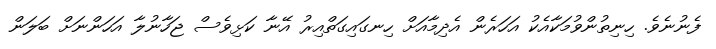
ފެނުނެވެ. ހިނިތުންވުމަކާއެކު އަހަރެން އެދިމާއަށް ހިނގައިގަތްއިރު އޭނާ ކަޅިވެސް ޖަހާނުލާ އަހަންނަށް ބަލަން